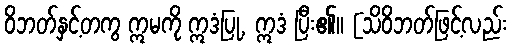
ဝိဘတ်နှင့်တကွ ဣမကို ဣဒံပြု, ဣဒံ ပြီး၏။ [သိဝိဘတ်ဖြင့်လည်း